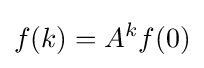
f(k)=A^{k}f(0)